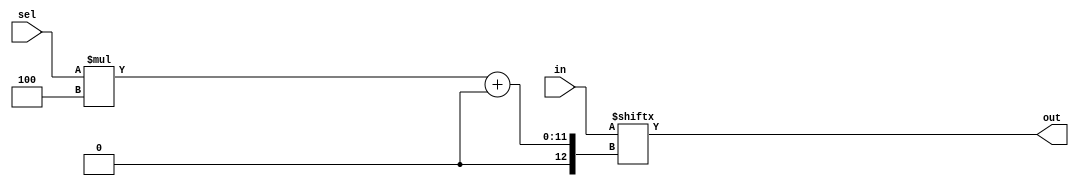
module top_module(
    input [1023:0] in,
    input [7:0] sel,
    output [3:0] out
);
    // Multiplexer logic: Select 4-bit slice from 'in' using 'sel'
    assign out = in[sel*4 +: 4];
endmodule